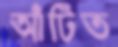
আঁটিত